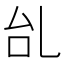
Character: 乨